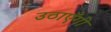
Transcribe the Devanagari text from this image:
उठाएँगी